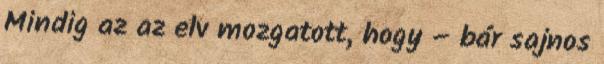
Mindig az az elv mozgatott, hogy – bár sajnos